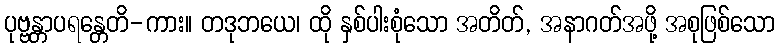
ပုဗ္ဗန္တာပရန္တေတိ-ကား။ တဒုဘယေ၊ ထို နှစ်ပါးစုံသော အတိတ်, အနာဂတ်အဖို့ အစုဖြစ်သော